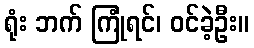
ရုံး ဘက် ကြုံရင်၊ ဝင်ခဲ့ဦး။